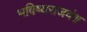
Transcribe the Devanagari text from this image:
भविष्यराजवंश